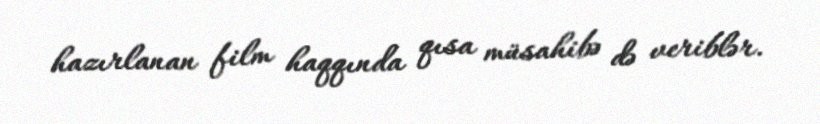
hazırlanan film haqqında qısa müsahibə də veriblər.